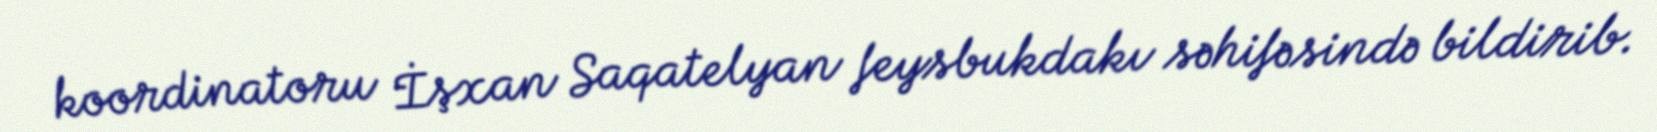
koordinatoru İşxan Saqatelyan feysbukdakı səhifəsində bildirib.